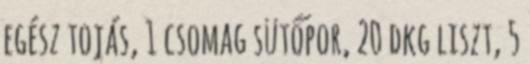
egész tojás, 1 csomag sütőpor, 20 dkg liszt, 5